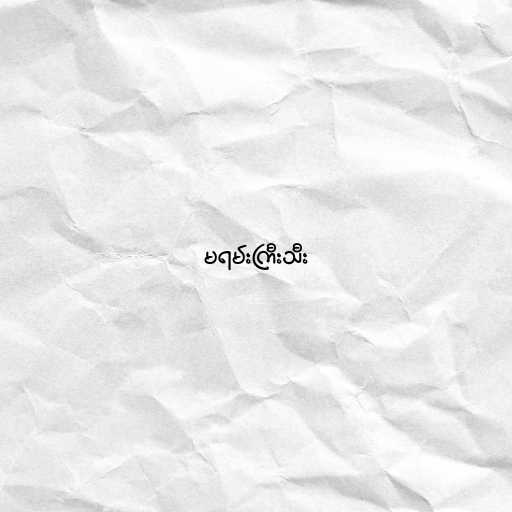
မရမ်းကြီးသီး